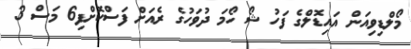
މޯލްޑިވިއަން އައިޑޮލްގެ ފަހު ޝޯ ހޯމަ ދުވަހުގެ ރެއަށް ފަސްކޮށްފި6 މަސް 3